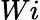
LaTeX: Wi